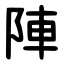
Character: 陣